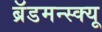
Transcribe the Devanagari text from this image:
ब्रॅडमन्स्क्यू